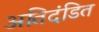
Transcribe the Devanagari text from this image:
अतिदंडित